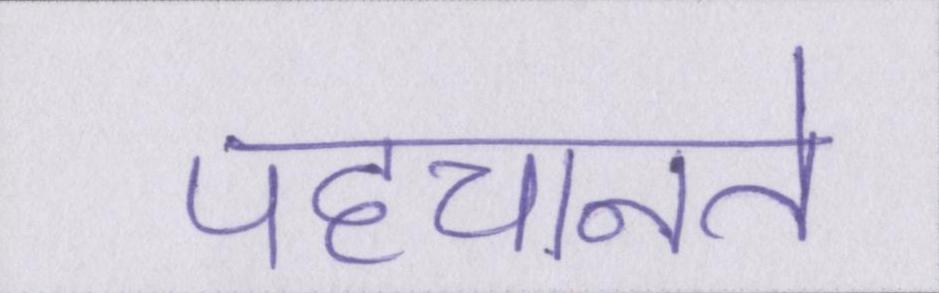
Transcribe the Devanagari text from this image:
पहचानते